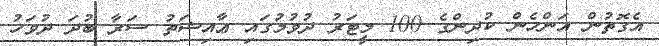
އެގޮތުން އަންހެން ކުދިންގެ 100 މީޓަރު ދުވުމުގައި ޢާއިޝަތު ސަރާ ބުދަ ދުވަހު